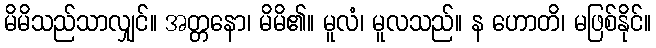
မိမိသည်သာလျှင်။ အတ္တနော၊ မိမိ၏။ မူလံ၊ မူလသည်။ န ဟောတိ၊ မဖြစ်နိုင်။